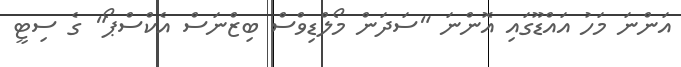
އަންނަ މަހު އައްޑޫގައި އޮންނަ "ސަދަން މޯލްޑިވްސް ބިޒްނަސް އެކްސްޕޯ" ގެ ސިޓީ